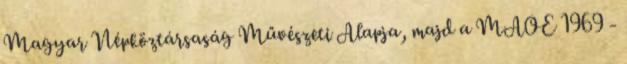
Magyar Népköztársaság Művészeti Alapja, majd a MAOE 1969 -